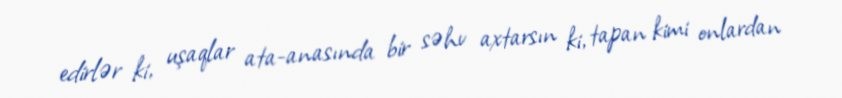
edirlər ki, uşaqlar ata-anasında bir səhv axtarsın ki, tapan kimi onlardan